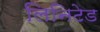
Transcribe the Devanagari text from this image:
लिनिटेड